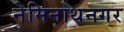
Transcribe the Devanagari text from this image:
नेमिनाथनगर